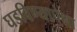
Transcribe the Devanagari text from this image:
घडविण्यापेक्षा